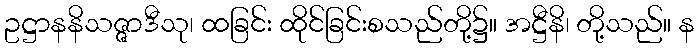
ဥဋ္ဌာနနိသဇ္ဇာဒီသု၊ ထခြင်း ထိုင်ခြင်းစသည်တို့၌။ အဋ္ဌီနိ၊ တို့သည်။ န